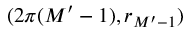
( 2 \pi ( M ^ { \prime } - 1 ) , r _ { M ^ { \prime } - 1 } )